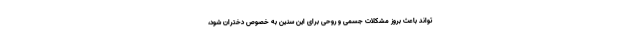
تواند باعث بروز مشکلات جسمی و روحی برای این سنین به خصوص دختران شود،